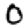
Digit: 0